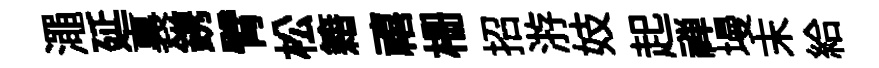
澠延裏鎸臂松籍禧栅招㳺妓起禅墁末給